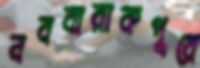
নববারাকপুরে